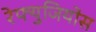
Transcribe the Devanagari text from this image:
रेफ्युजियोस